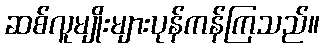
ဆစ်လူမျိုးများပုန်ကန်ကြသည်။